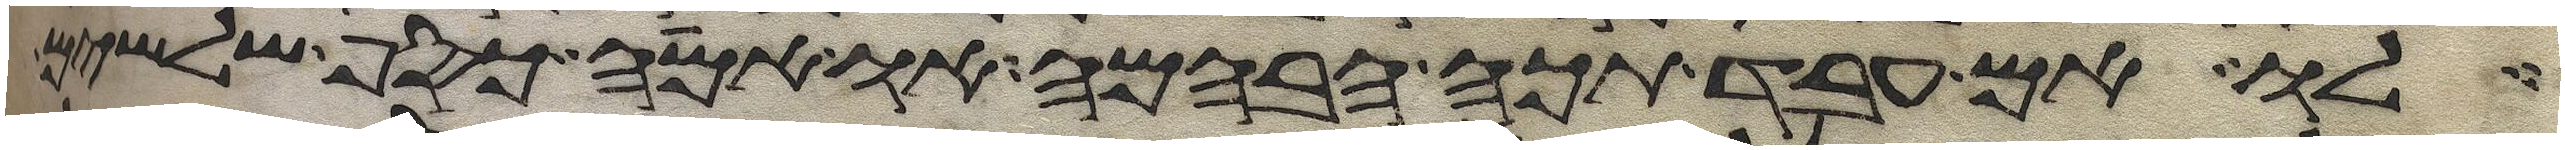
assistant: לו אם עבד תכה הבהמה או אמה כסף שלשים